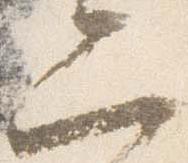
二